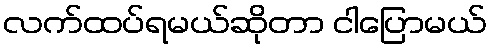
လက်ထပ်ရမယ်ဆိုတာ ငါပြောမယ်